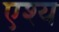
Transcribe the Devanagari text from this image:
एश्य